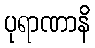
ပုရာဏာနိ